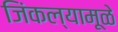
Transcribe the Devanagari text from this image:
जिंकल्यामूळे